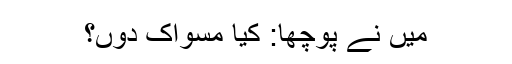
میں نے پوچھا: کیا مسواک دوں؟